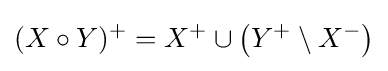
(X\circ Y)^{+}=X^{+}\cup \left(Y^{+}\setminus X^{-}\right)